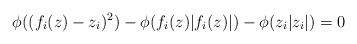
\begin{align*} \phi((f_i(z)-z_i)^2) - \phi(f_i(z) |f_i(z)|) - \phi(z_i|z_i|)=0 \end{align*}